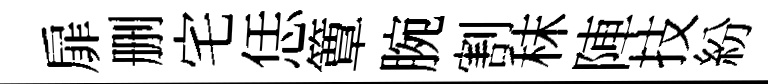
扉删宅恁簟腕割秣陣技紛